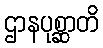
ဌာနပုစ္ဆာတိ